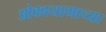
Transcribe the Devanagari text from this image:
ओकायामाच्या